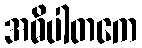
အဓိပါတကေ